Newspaper: Süd California Deutsche Zeitung. [volume]
Place of publication: San Diego, Calif.
Publisher: Kamman & Klien
Date: 1900-12-06 00:00:00
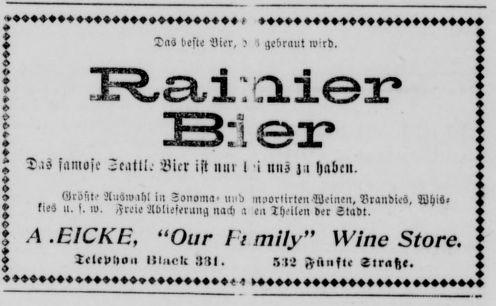
Label: text-only